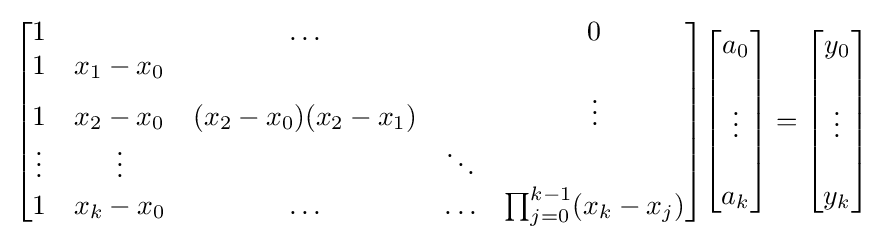
{\begin{bmatrix}1&&\ldots &&0\\1&x_{1}-x_{0}&&&\\1&x_{2}-x_{0}&(x_{2}-x_{0})(x_{2}-x_{1})&&\vdots \\\vdots &\vdots &&\ddots &\\1&x_{k}-x_{0}&\ldots &\ldots &\prod _{j=0}^{k-1}(x_{k}-x_{j})\end{bmatrix}}{\begin{bmatrix}a_{0}\\\\\vdots \\\\a_{k}\end{bmatrix}}={\begin{bmatrix}y_{0}\\\\\vdots \\\\y_{k}\end{bmatrix}}